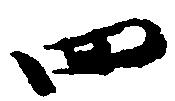
四